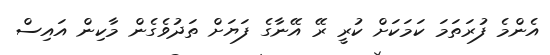
އެންމެ ފުރަތަމަ ކަމަކަށް ކުރީ ރޭ އޭނާގެ ފަޔަށް ތަދުވެގެން މާކިން އައިސް